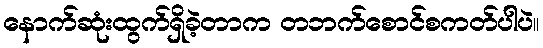
နောက်ဆုံးထွက်ရှိခဲ့တာက တဘက်စောင်စကတ်ပါပဲ။